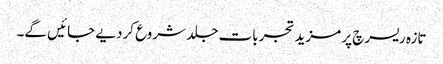
تازہ ریسرچ پر مزید تجربات جلد شروع کردیے جائیں گے۔